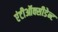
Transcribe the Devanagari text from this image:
एंटीऑक्सीडेन्ट